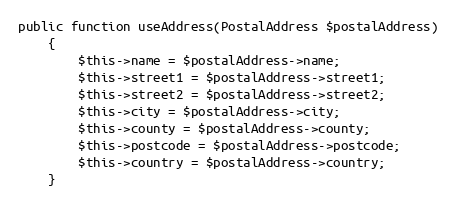
Language: PHP
public function useAddress(PostalAddress $postalAddress)
    {
        $this->name = $postalAddress->name;
        $this->street1 = $postalAddress->street1;
        $this->street2 = $postalAddress->street2;
        $this->city = $postalAddress->city;
        $this->county = $postalAddress->county;
        $this->postcode = $postalAddress->postcode;
        $this->country = $postalAddress->country;
    }